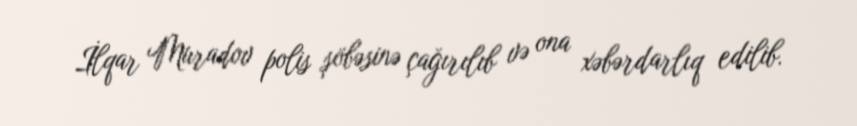
İlqar Muradov polis şöbəsinə çağırılıb və ona xəbərdarlıq edilib.